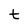
Character: t